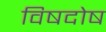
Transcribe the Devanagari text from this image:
विषदोष